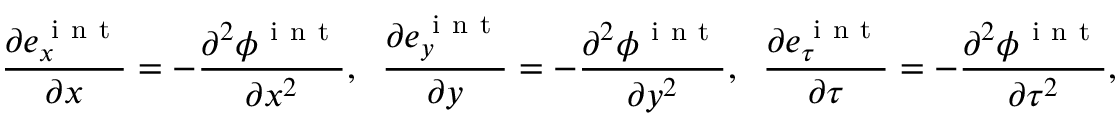
\frac { \partial e _ { x } ^ { \mathrm { ~ i ~ n ~ t ~ } } } { \partial x } = - \frac { \partial ^ { 2 } \phi ^ { \mathrm { ~ i ~ n ~ t ~ } } } { \partial x ^ { 2 } } , \; \; \frac { \partial e _ { y } ^ { \mathrm { ~ i ~ n ~ t ~ } } } { \partial y } = - \frac { \partial ^ { 2 } \phi ^ { \mathrm { ~ i ~ n ~ t ~ } } } { \partial y ^ { 2 } } , \; \; \frac { \partial e _ { \tau } ^ { \mathrm { ~ i ~ n ~ t ~ } } } { \partial \tau } = - \frac { \partial ^ { 2 } \phi ^ { \mathrm { ~ i ~ n ~ t ~ } } } { \partial \tau ^ { 2 } } ,